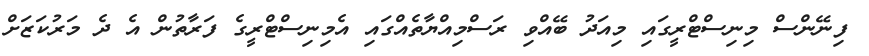
ފިނޭންސް މިނިސްޓްރީގައި މިއަދު ބޭއްވި ރަސްމިއްޔާތެއްގައި އެމިނިސްޓްރީގެ ފަރާތުން އެ ދެ މަރުކަޒަށް